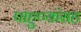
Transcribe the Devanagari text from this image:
पाहुण्यांसह